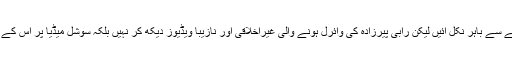
لہذا میں نے جب ٹوئٹر کا جائزہ لیا تو میری آنکھیں غم و غصے سے باہر نکل آئیں لیکن رابی پیرزادہ کی وائرل ہونے والی غیراخلاقی اور نازیبا ویڈیوز دیکھ کر نہیں بلکہ سوشل میڈیا پر اس کے لیے استعمال کی جانے والی بےہودہ زبان و الفاظ کو دیکھ کر۔